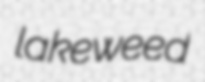
lakeweed